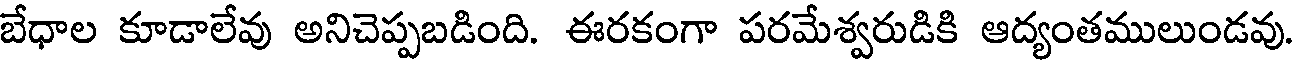
బేధాల కూడాలేవు అనిచెప్పబడింది. ఈరకంగా పరమేశ్వరుడికి ఆద్యంతములుండవు